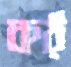
কঠ্